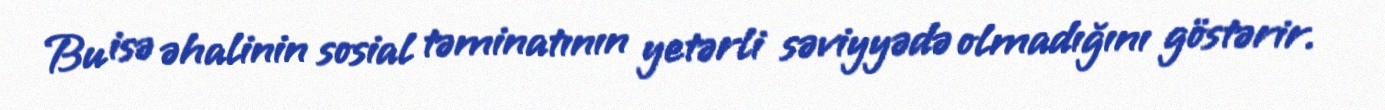
Bu isə əhalinin sosial təminatının yetərli səviyyədə olmadığını göstərir.